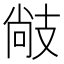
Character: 𢻒